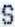
S